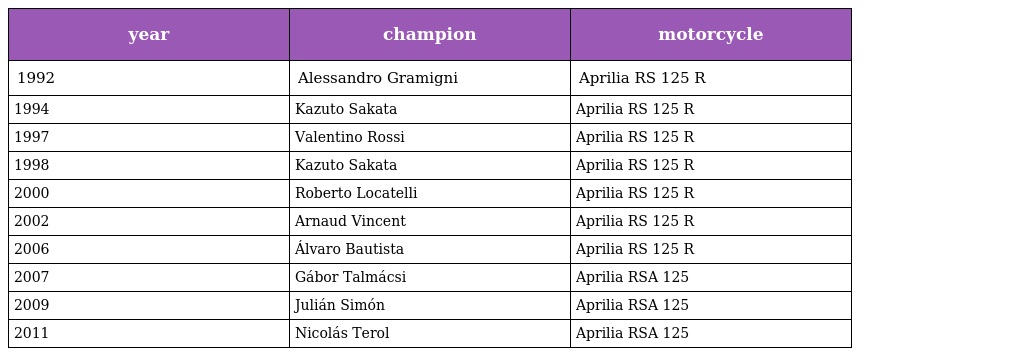
| year | champion | motorcycle |
 | --- | --- | --- |
 | 1992 | Alessandro Gramigni | Aprilia RS 125 R |
 | 1994 | Kazuto Sakata | Aprilia RS 125 R |
 | 1997 | Valentino Rossi | Aprilia RS 125 R |
 | 1998 | Kazuto Sakata | Aprilia RS 125 R |
 | 2000 | Roberto Locatelli | Aprilia RS 125 R |
 | 2002 | Arnaud Vincent | Aprilia RS 125 R |
 | 2006 | Álvaro Bautista | Aprilia RS 125 R |
 | 2007 | Gábor Talmácsi | Aprilia RSA 125 |
 | 2009 | Julián Simón | Aprilia RSA 125 |
 | 2011 | Nicolás Terol | Aprilia RSA 125 |